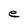
Character: e